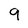
Character: 9